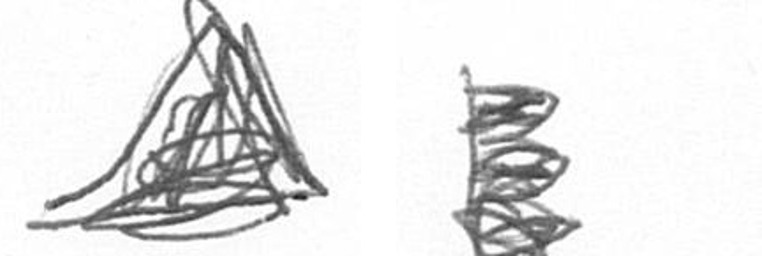
O H